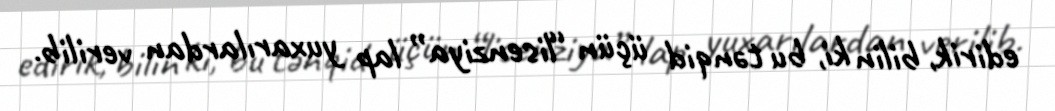
edirik, bilin ki, bu tənqid üçün “lisenziya” lap yuxarılardan verilib.